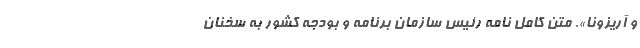
و آریزونا». متن کامل نامه رئیس سازمان برنامه و بودجه کشور به سخنان